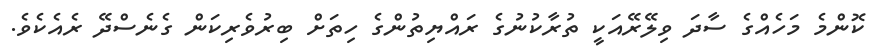
ކޮންމެ މަހެއްގެ ސާދަ ވިލޭރޭއަކީ ތުރާކުނުގެ ރައްޔިތުންގެ ހިތަށް ބިރުވެރިކަން ގެނެސްދޭ ރެއެކެވެ.